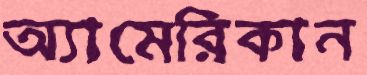
অ্যামেরিকান